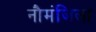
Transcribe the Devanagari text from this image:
नौमंजिला